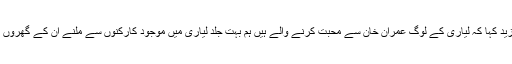
انہوں نے مزید کہا کہ لیاری کے لوگ عمران خان سے محبت کرنے والے ہیں ہم بہت جلد لیاری میں موجود کارکنوں سے ملنے ان کے گھروں پرجائینگے۔